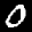
Label: 0